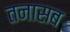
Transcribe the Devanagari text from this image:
तनासब